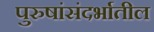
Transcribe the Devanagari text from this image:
पुरुषांसंदर्भातील